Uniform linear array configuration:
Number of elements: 4
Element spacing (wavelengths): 1
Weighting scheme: uniform
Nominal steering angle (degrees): -60
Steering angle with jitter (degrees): -59.535
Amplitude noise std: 0.05
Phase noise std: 0.05

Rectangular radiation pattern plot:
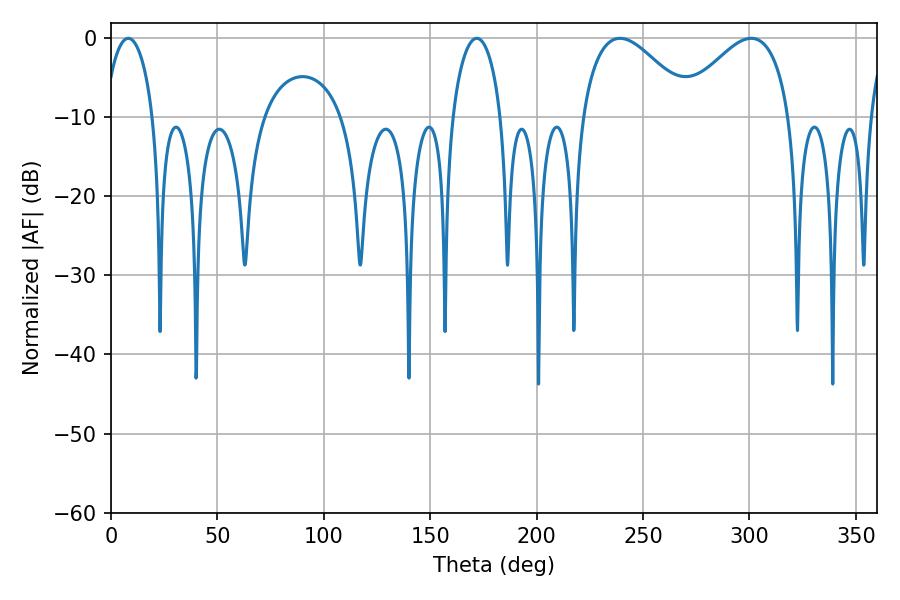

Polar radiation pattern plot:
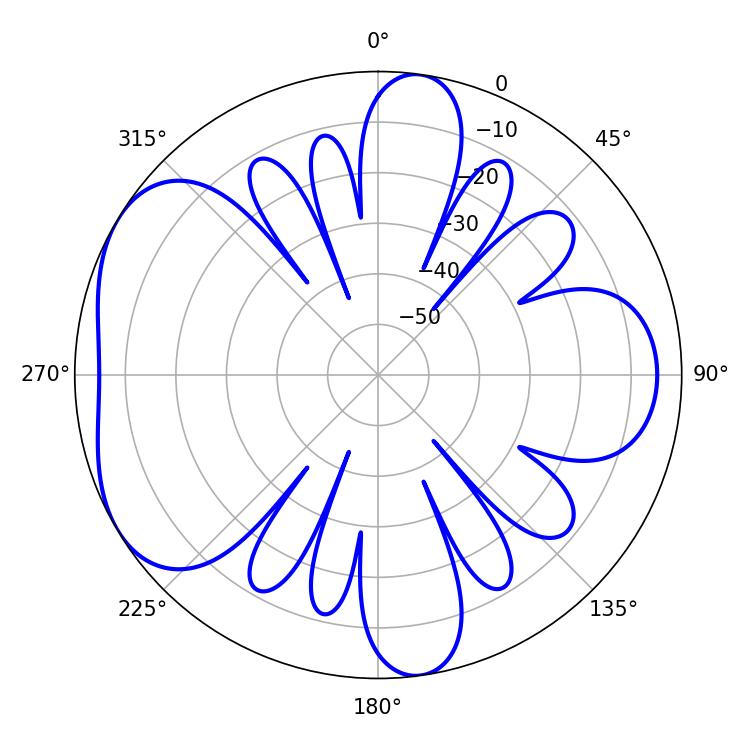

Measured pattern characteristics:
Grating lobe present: TRUE
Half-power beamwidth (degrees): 13.14
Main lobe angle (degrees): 8.1